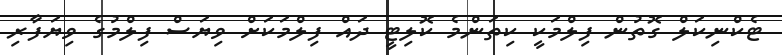
ޓެކްނިކަލް ގޮތުން ފިލްމަކީ ކިތަންމެ ކޮލިޓީ ދައް ފިލްމަކަށް ވިޔަސް ފިލްމުގެ ވިޔަފާރި